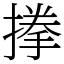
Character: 搼